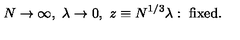
N \rightarrow \infty , \ \lambda \rightarrow 0 , \ z \equiv N ^ { 1 / 3 } \lambda : \ \mathrm { f i x e d } .